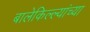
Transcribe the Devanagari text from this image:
बालेकिल्ल्यांच्या